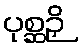
ပုစ္ဆဉှိ